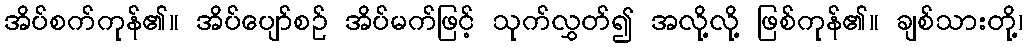
အိပ်စက်ကုန်၏။ အိပ်ပျော်စဉ် အိပ်မက်ဖြင့် သုက်လွှတ်၍ အလို့လို့ ဖြစ်ကုန်၏။ ချစ်သားတို့၊